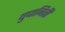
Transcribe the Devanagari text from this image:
युधानिती